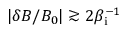
| \delta B / B _ { 0 } | \gtrsim 2 \beta _ { \mathrm { i } } ^ { - 1 }